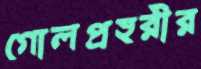
গোলপ্রহরীর